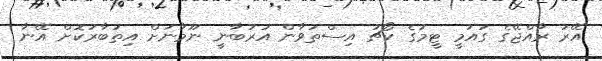
އޭރު ރާއްޖޭގެ ގައުމީ ޓީމުގެ ކޯޗު އިސްތަވާން އުރުބާނީ ނޫމާނަށް އިތުބާރުކޮށް އޭނާ